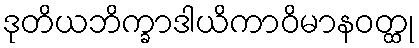
ဒုတိယဘိက္ခာဒါယိကာဝိမာနဝတ္ထု